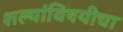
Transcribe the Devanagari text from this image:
शल्यांविषयीचा